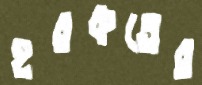
হরকতের